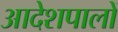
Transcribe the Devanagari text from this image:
आदेशपालों